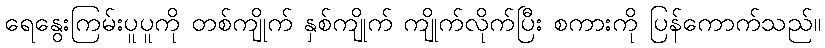
ရေနွေးကြမ်းပူပူကို တစ်ကျိုက် နှစ်ကျိုက် ကျိုက်လိုက်ပြီး စကားကို ပြန်ကောက်သည်။